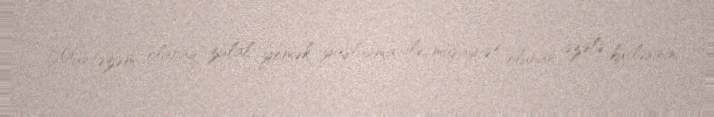
Müntəzəm olaraq zülal yemək yaşlanma ilə müşayiət olunan əzələ kütləsinin